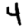
Digit: 4